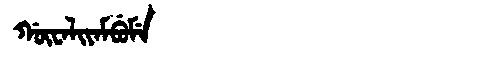
Manchu: ᡤᡡᠸᠠᠯᡳᠶᠠᠮᠪᡠᠮᡝ
Romanization: GŪWALIYAMBUME